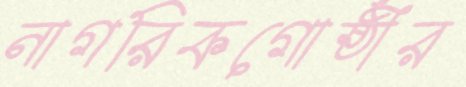
নাগরিকগোষ্ঠীর